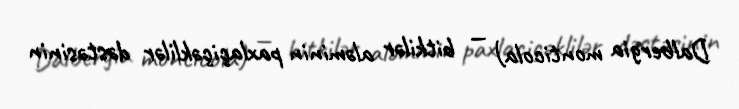
Dalbergia monticola) — bitkilər aləminin paxlaçiçəklilər dəstəsinin